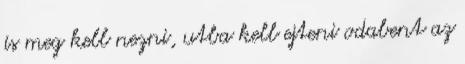
is meg kell nezni, utba kell ejteni odabent az